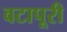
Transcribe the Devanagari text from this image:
वटापूरी